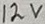
Text: 12V